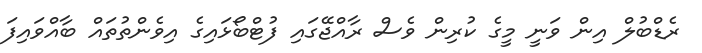
ރެޑްބުލް އިން ވަނީ މީގެ ކުރިން ވެސް ރާއްޖޭގައި ފުޓްބޯޅައިގެ އިވެންތުތައް ބާއްވައިފަ